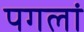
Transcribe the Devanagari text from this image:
पगलां